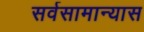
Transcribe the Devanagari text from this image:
सर्वसामान्यास